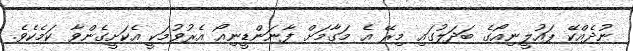
ނުދެއްކޭ ޕައުލީނިއޯގެ ބަދަލުގައި މިރޭ އެ މަގާމަށް ފާނަންޑީނިއޯ އެރުވުމަކީ އެކަށީގެންވާ ކަމެކެވެ.